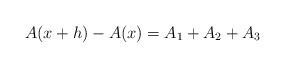
LaTeX: \begin{align*}A(x+h)-A(x) = A_1 + A_2 +A_3\end{align*}